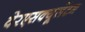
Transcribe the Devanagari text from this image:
वेरएसक्यूलेंटम